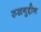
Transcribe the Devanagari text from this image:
रुखनुद्दीन